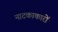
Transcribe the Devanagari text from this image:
नाटकाकारों